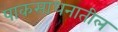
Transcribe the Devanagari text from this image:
पाकसाधनातील